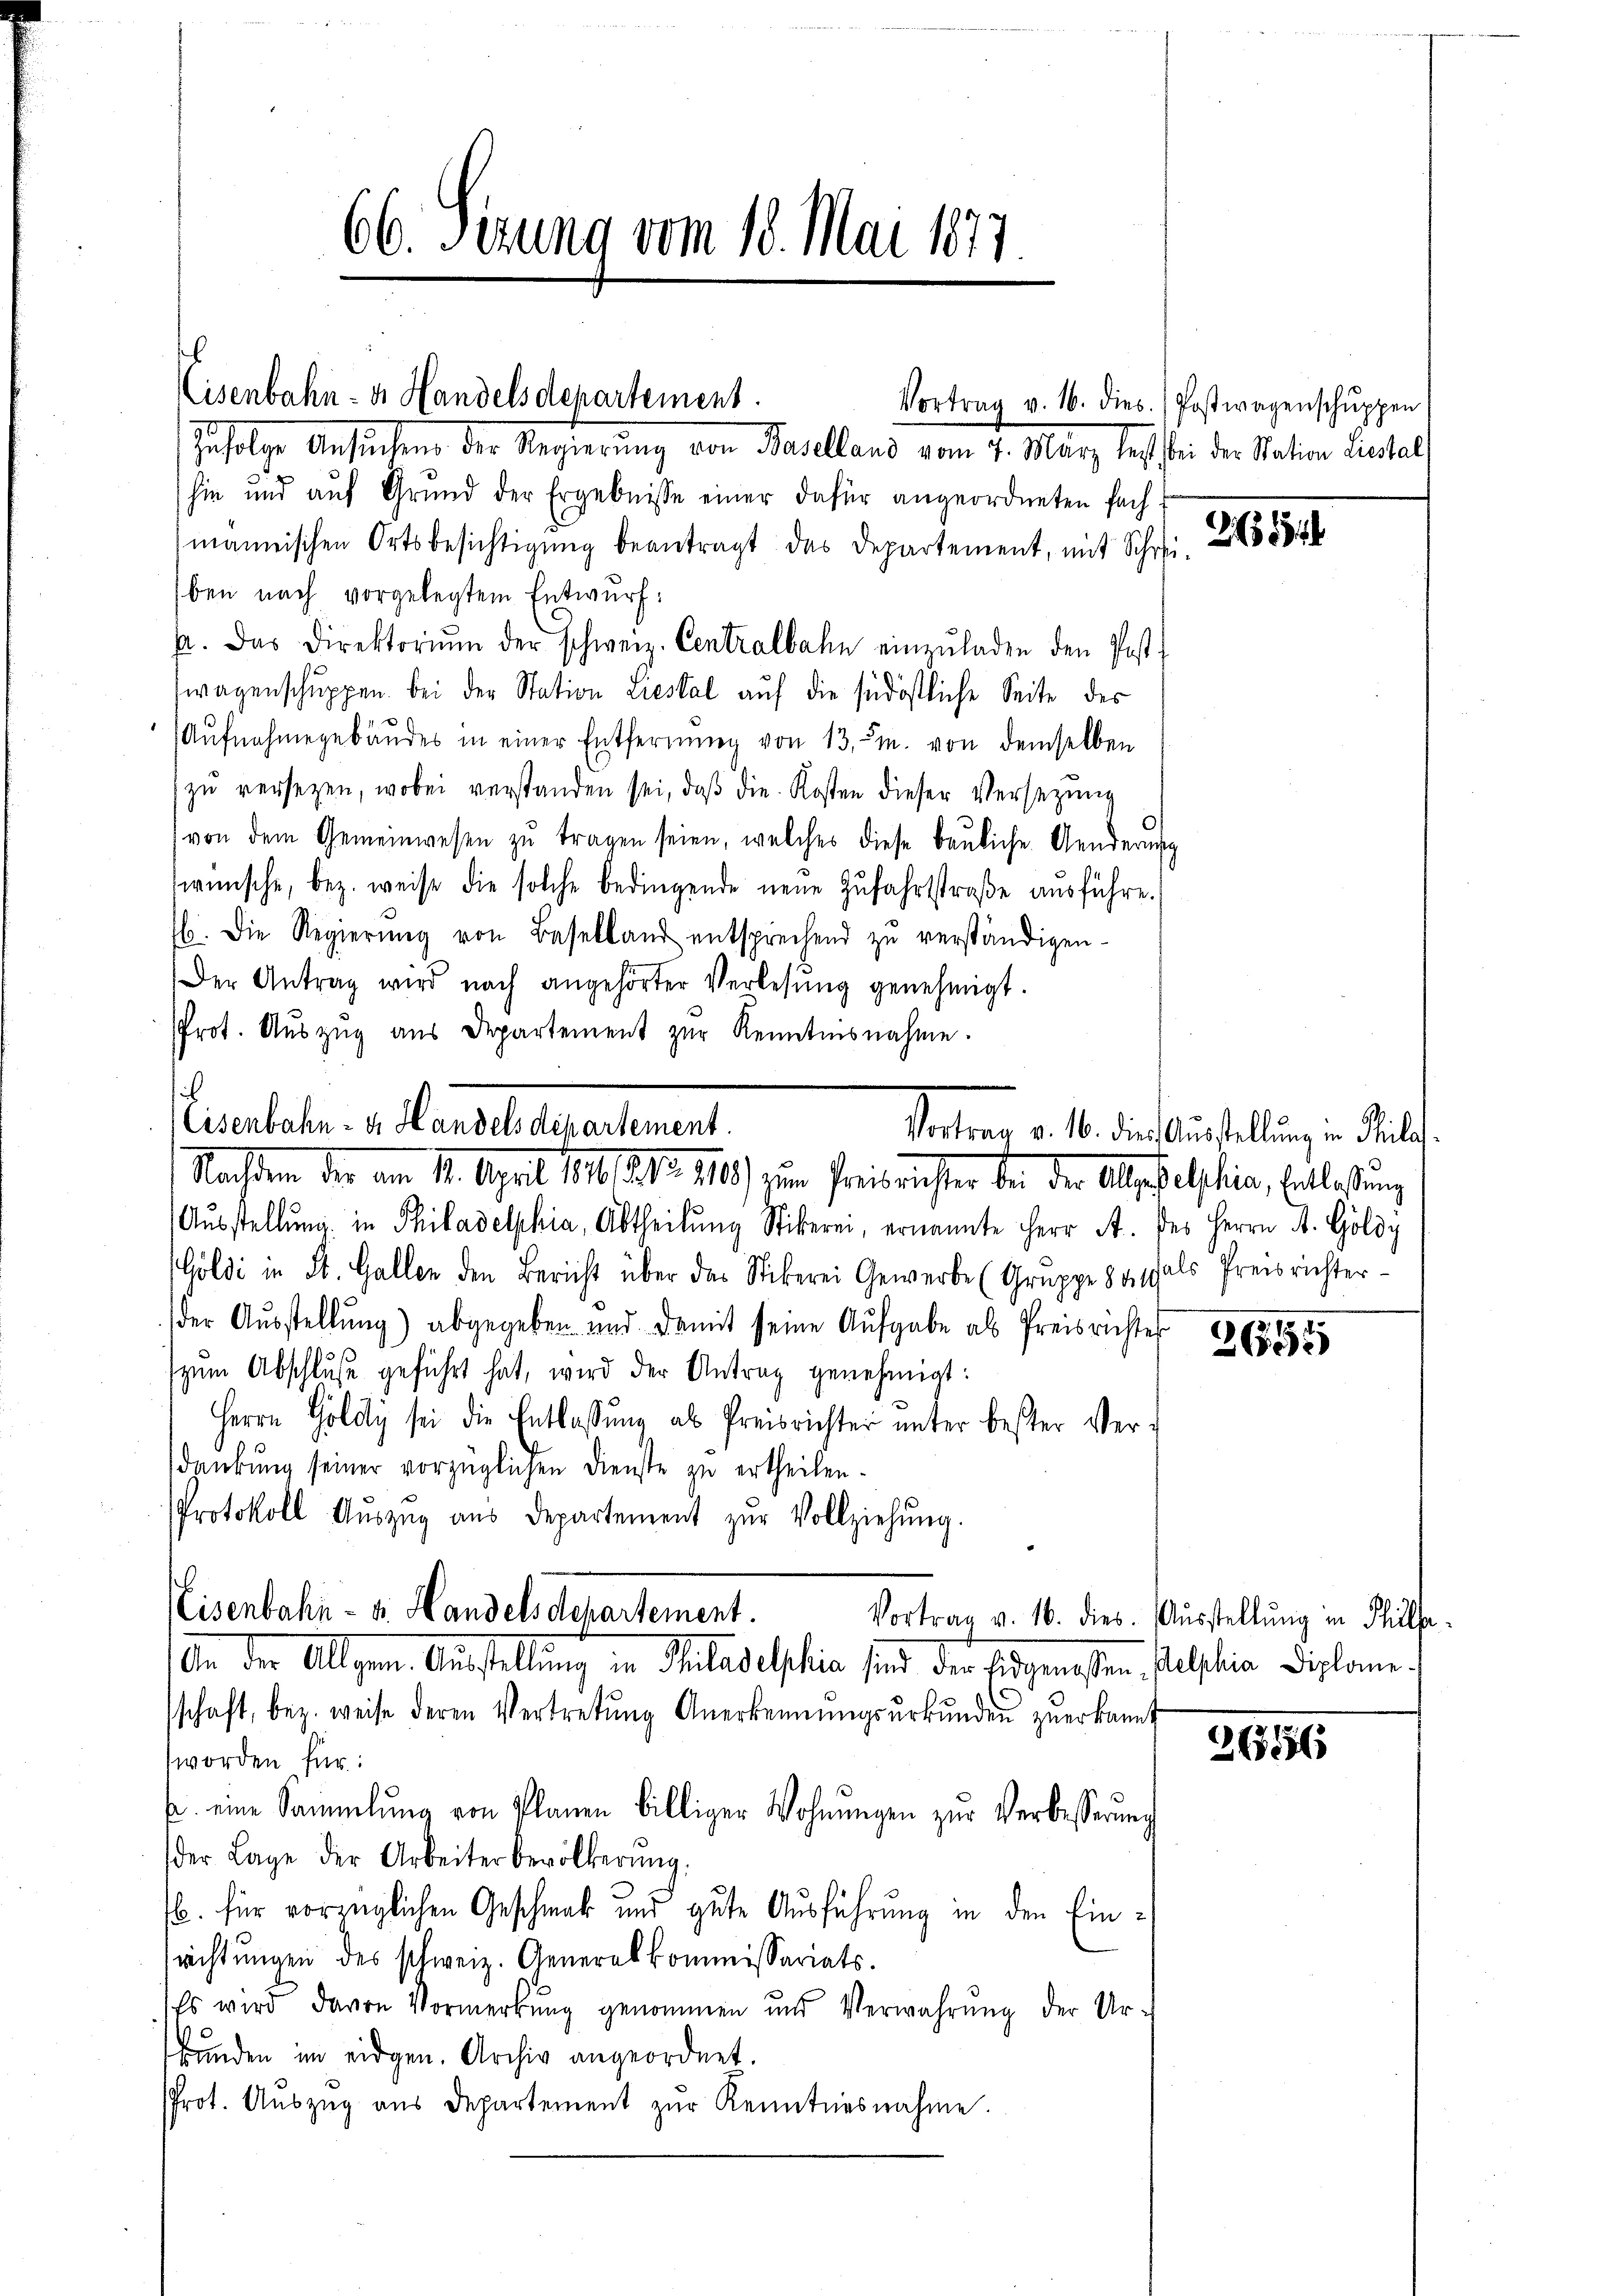
Eisenbahn- u. Handelsdepartement.
Vortrag v. 16. dies / Postwagenschŭppen
Zufolge Ansuchung der Regierung von Baselland vom 4. März sich bei der Statten Fenstalt

i

66. Serung vom 18. Mai 1877

hin und auf Grund der Ergebnisse einer dafür angeordneten Fach-
mannischen Ortsbesichtigŭng beantragt das Departement, mit Schwi
ben nach vorgelegtem Entwurf:
p. Das Direktoriŭm der schweiz. Centralbahn einzŭladen den Post-
wagenschuppen. Bei der Station riestal auf die südöstliche Seite des
(Aŭfnahmegebäŭdes in einer Entfernŭng von 13, m. von demselben
zŭ versetzen, wobei verstanden sei, daβ die Kosten dieser Versezung
von dem Gemeinwesen zu tragen seien, welches diese bauliche Aenderung
wünsche, bez. weise die solche bedingende neue Zŭfahrstraβe aŭsführe.
b. Die Regierŭng von Baselland entsprechend zŭ verständigen-
Der Antrag wird nach angehörter Verlesung genehmigt.
Prot. Aŭszŭg aŭs Departement zŭr Kenntnisnahme.
Aŭsstellung in Philadelphia, Abtheilung Stiberei, ernannte Herr A. des Herrn A. Göldy
Goldi in St. Gallen den Bericht über das Stickerei Gewerbe (Gruppe das als Preisrichter-
der Ausstellung) abgegeben und damit seine Aufgabe als Preisrichtes
zŭm Abschlŭsse geführt hat, wird der Antrag genehmigt:
Herrn Goldy sei die Entlassŭng als Preisrichter unter bester Verdankung seiner vorzüglichen Dienste zu ertheilen.
Protokoll Aŭszŭg aŭs Departement zŭr Vollziehŭng.
Nisenbahn- u. Handelsdepartement.
Vortrag v. 16. dies. Ausstellung in Theilsa
An der Allgem. Austellung in Philadelphie sind der Eidgenossen Plastian Diplomeschaft, bez. weise deren Vertretŭng Anerkennungsurkunden zuerkannt
worden für:
u. eine Sammlung von Planen billiger Wohnŭngen zŭr Verbesserung
der Lage der Arbeiter bevölkerŭng.
b. für vorzüglichen Geschmack und gute Ausführung in den Einsrichtŭngen des schweiz. Generalkommissariats.
Es wird davon Vormerkung genommen und Verwahrŭng der Ur-
frunden im eidgen. Archiv angeordnet.
Prot. Aŭszŭg aŭs Departement zŭr Kenntnisnahme.

Eisenbahn- u. Handels dipartement.
Nachten der am 14. April 1890, Ao 180.) zum Preisriester den der Alpdelphiae, Entlaßung

Vortrag v. 16. die Ausstellung in Philos.

265

2656